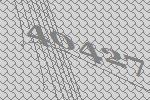
40427